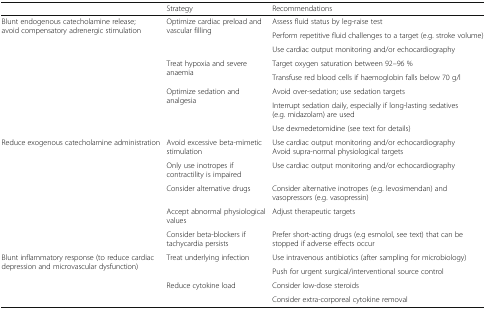
<table><thead><tr><td></td><td><b>Strategy</b></td><td><b>Recommendations</b></td></tr></thead><tbody><tr><td rowspan="8">Blunt endogenous catecholamine release; avoid compensatory adrenergic stimulation</td><td rowspan="3">Optimize cardiac preload and vascular filling</td><td>Assess fluid status by leg-raise test</td></tr><tr><td>Perform repetitive fluid challenges to a target (e.g. stroke volume)</td></tr><tr><td>Use cardiac output monitoring and/or echocardiography</td></tr><tr><td rowspan="2">Treat hypoxia and severe anaemia</td><td>Target oxygen saturation between 92–96 %</td></tr><tr><td>Transfuse red blood cells if haemoglobin falls below 70 g/l</td></tr><tr><td rowspan="3">Optimize sedation and analgesia</td><td>Avoid over-sedation; use sedation targets</td></tr><tr><td>Interrupt sedation daily, especially if long-lasting sedatives (e.g. midazolam) are used</td></tr><tr><td>Use dexmedetomidine (see text for details)</td></tr><tr><td rowspan="5">Reduce exogenous catecholamine administration</td><td>Avoid excessive beta-mimetic stimulation</td><td>Use cardiac output monitoring and/or echocardiography Avoid supra-normal physiological targets</td></tr><tr><td>Only use inotropes if contractility is impaired</td><td>Use cardiac output monitoring and/or echocardiography</td></tr><tr><td>Consider alternative drugs</td><td>Consider alternative inotropes (e.g. levosimendan) and vasopressors (e.g. vasopressin)</td></tr><tr><td>Accept abnormal physiological values</td><td>Adjust therapeutic targets</td></tr><tr><td>Consider beta-blockers if tachycardia persists</td><td>Prefer short-acting drugs (e.g esmolol, see text) that can be stopped if adverse effects occur</td></tr><tr><td rowspan="4">Blunt inflammatory response (to reduce cardiac depression and microvascular dysfunction)</td><td rowspan="2">Treat underlying infection</td><td>Use intravenous antibiotics (after sampling for microbiology)</td></tr><tr><td>Push for urgent surgical/interventional source control</td></tr><tr><td rowspan="2">Reduce cytokine load</td><td>Consider low-dose steroids</td></tr><tr><td>Consider extra-corporeal cytokine removal</td></tr></tbody></table>